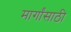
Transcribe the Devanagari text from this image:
मार्गांसाठी